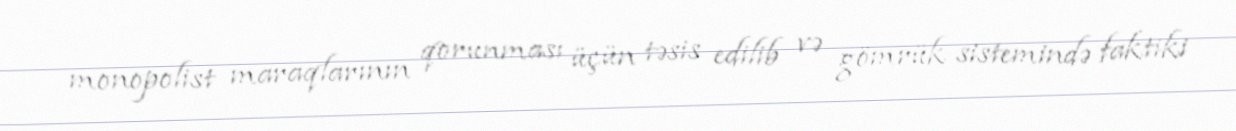
monopolist maraqlarının qorunması üçün təsis edilib və gömrük sistemində faktiki